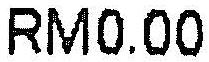
RM0.00